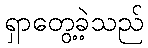
ရှာတွေ့ခဲ့သည်